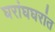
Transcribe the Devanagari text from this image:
घरांघघरांत